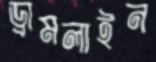
ড্রামলাইন